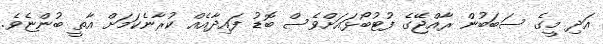
އަދި މީގެ ސަބަބުން ރާއްޖޭގެ ފުޓުބޯޅައަށްވެސް ބޮޑު ފައިދާއެއް ކުރާނެކަމަށް އާތީ ބުންޏެވެ.